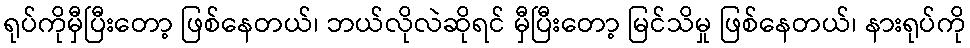
ရုပ်ကိုမှီပြီးတော့ ဖြစ်နေတယ်၊ ဘယ်လိုလဲဆိုရင် မှီပြီးတော့ မြင်သိမှု ဖြစ်နေတယ်၊ နားရုပ်ကို